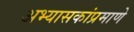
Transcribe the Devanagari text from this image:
अभ्यासकांप्रमाणे